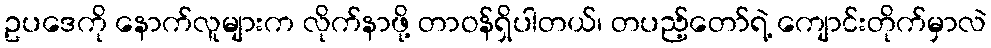
ဥပဒေကို နောက်လူများက လိုက်နာဖို့ တာဝန်ရှိပါတယ်၊ တပည့်တော်ရဲ့ ကျောင်းတိုက်မှာလဲ